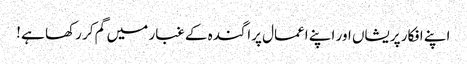
اپنے افکار پریشاں اور اپنے اعمال پراگندہ کے غبار میں گم کر رکھا ہے !